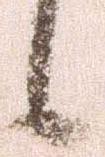
候